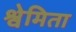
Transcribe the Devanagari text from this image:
श्वेमिता